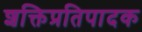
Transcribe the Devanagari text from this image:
शक्तिप्रतिपादक